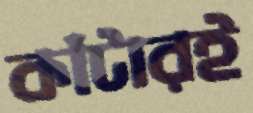
কাঁটারই